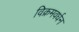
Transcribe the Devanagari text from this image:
विक्रमवर्धन